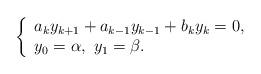
LaTeX: \begin{align*} \left\{\begin{array}la_ky_{k+1}+a_{k-1}y_{k-1}+b_ky_k=0,\\y_0=\alpha,\,\, y_1=\beta.\end{array}\right.\end{align*}